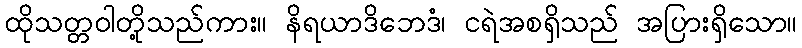
ထိုသတ္တဝါတို့သည်ကား။ နိရယာဒိဘေဒံ၊ ငရဲအစရှိသည် အပြားရှိသော။